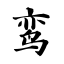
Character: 鸾